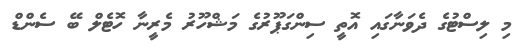
މި ލިސްޓުގެ ދެވަނާގައި އޮތީ ސިންގަޕޫރުގެ މަޝްހޫރު މެރީނާ ހޮޓެލް ބޭ ސެންޑް